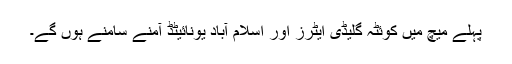
پہلے میچ میں کوئٹہ گلیڈی ایٹرز اور اسلام آباد یونائیٹڈ آمنے سامنے ہوں گے۔